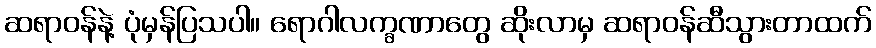
ဆရာဝန်နဲ့ ပုံမှန်ပြသပါ။ ရောဂါလက္ခဏာတွေ ဆိုးလာမှ ဆရာဝန်ဆီသွားတာထက်